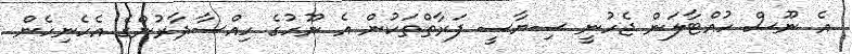
އެ ނޫސް ހުއްޓާލަން ޖެހުނީ ސިޔާސީ ފަރާތްތަކުން އެ ނޫހުގެ ހިއްސާދާރުންގެ އެހެނިހެން